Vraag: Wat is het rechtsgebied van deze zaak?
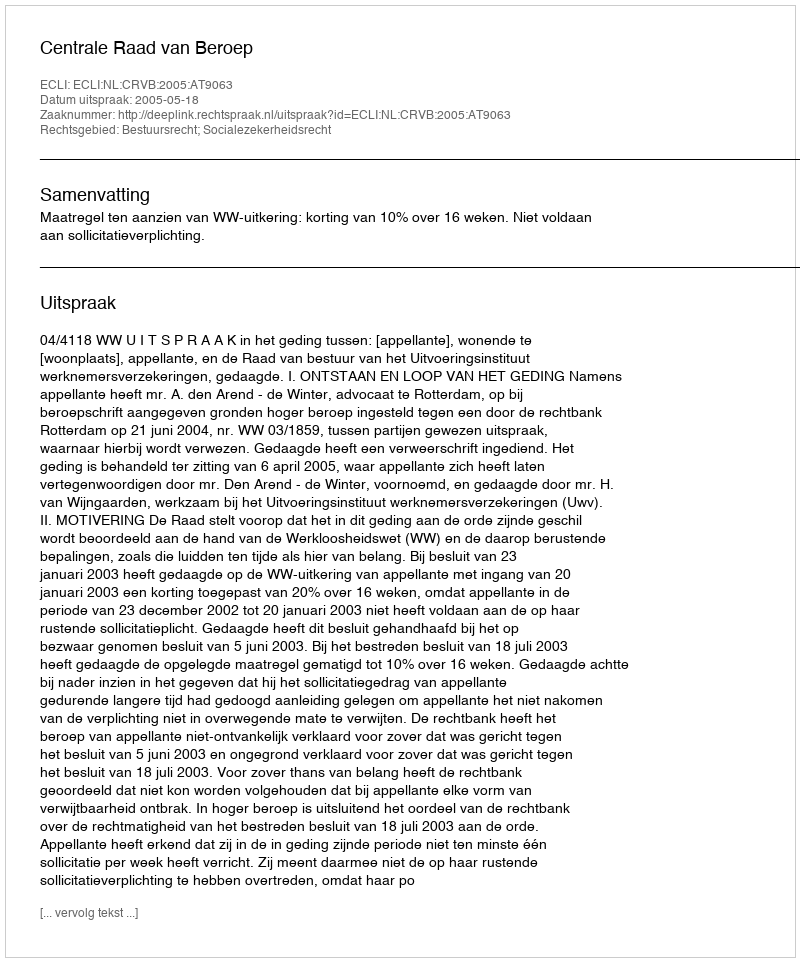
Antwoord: Bestuursrecht; Socialezekerheidsrecht